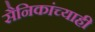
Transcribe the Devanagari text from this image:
सैनिकांच्याही